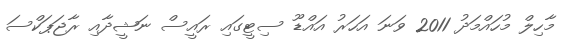
މާހިލް މުހައްމަދު 2011 ވަނަ އަހަރު އައްޑޫ ސިޓީގައި ރައީސް ނަޝީދާއި ރާޖަޕަކްސަ